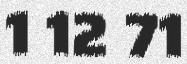
1 12 71